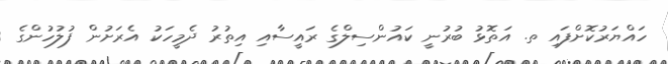
ހައްޔަރުކޮށްފައި ތ. އަތޮޅު ބުރުނީ ކައުންސިލްގެ ރައީސާއި އިތުރު ދެމީހަކު އެރަށުން ފުލުހުންގެ